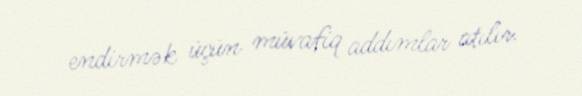
endirmək üçün müvafiq addımlar atılır.